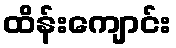
ထိန်းကျောင်း